Madras plague regulations in force outside the Presidency town - Volume 1
Disease focus: Plague
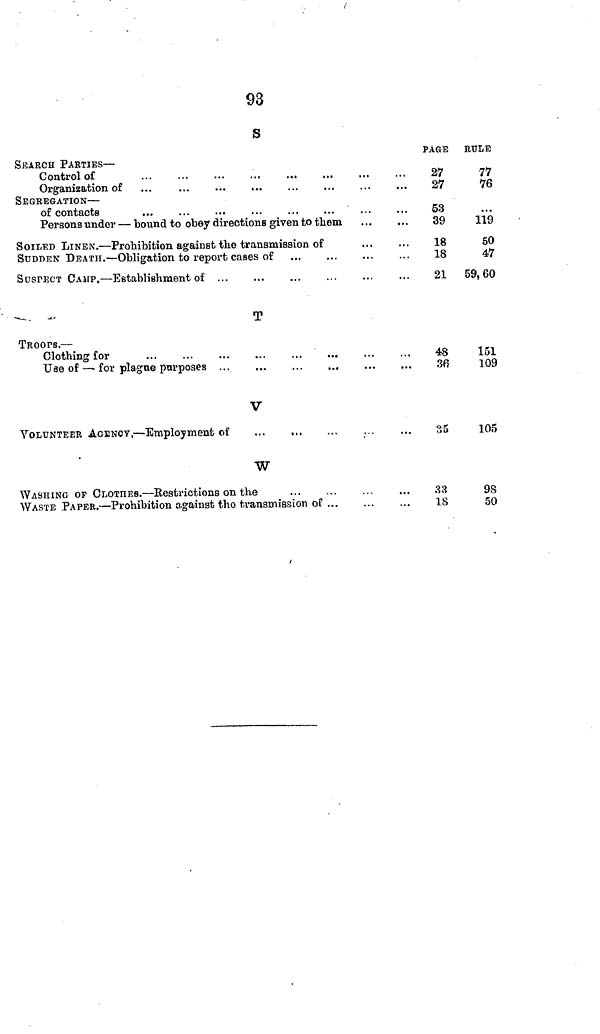
93
s
SEARCH PARTIES—
Control of
Organization of
SEGREGATION —
of contacts
Persons under — bound to obey directions given to them
SOILED LINEN — Prohibition against the transmission of
SUDDEN DEATH. — Obligation to report cases of
SUSPECT CAMP. — Establishment of
T
TROOPS.
Clothing for
Uae of — . for plague purposes
V
VOLUNTEER AGENCY, — Employment of
W
WASHING op CLOTHES. — Restrictions on the
WASTE PAPER. — Prohibition against tho transmission oC ...
PAGE
27
27
53
39
18
18
21
48
3i
35
33
18
RULE
77
76
119
50
47
59,60
151
109
105
98
50